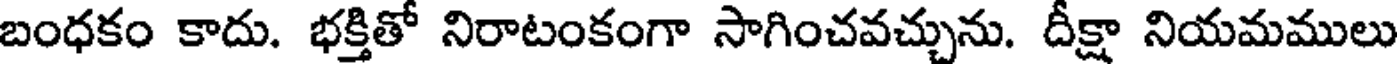
బంధకం కాదు. భక్తితో నిరాటంకంగా సాగించవచ్చును. దీక్షా నియమములు